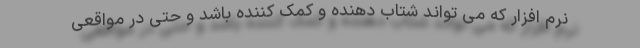
نرم افزار که می تواند شتاب دهنده و کمک کننده باشد و حتی در مواقعی